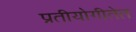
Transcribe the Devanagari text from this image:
प्रतीयोगीतेत